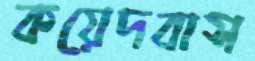
কয়েদবাস